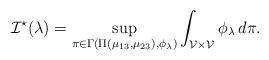
LaTeX: \begin{align*}\mathcal{I}^\star(\lambda) =\sup _{\pi \in \Gamma\left(\Pi\left(\mu_{13}, \mu_{23}\right), \phi_\lambda\right)} \int_{\mathcal{V} \times \mathcal{V}} \phi_\lambda \, d \pi.\end{align*}